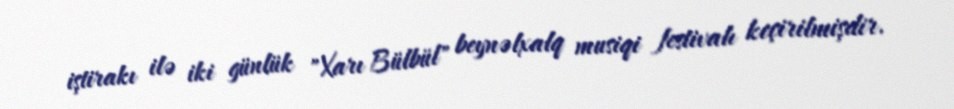
iştirakı ilə iki günlük "Xarı Bülbül" beynəlxalq musiqi festivalı keçirilmişdir.